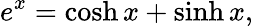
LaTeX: e^{x}=\cosh x+\sinh x,